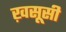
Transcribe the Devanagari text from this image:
ख़सूसी